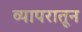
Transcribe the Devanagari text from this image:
व्यापरातून